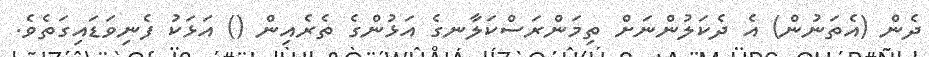
ދެން (އެތަނުން) އެ ދެކަލުންނަށް ތިމަންރަސްކަލާނގެ އަޅުންގެ ތެރެއިން () އަޅަކު ފެނިވަޑައިގަތެވެ.